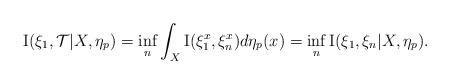
LaTeX: \begin{align*}\mathrm{I}(\xi_{1},\mathcal{T}|X,\eta_{p})=\inf_{n}\int_{X}\mathrm{I}(\xi_{1}^{x},\xi_{n}^{x})d\eta_{p}(x)=\inf_{n}\mathrm{I}(\xi_{1},\xi_{n}|X,\eta_{p}).\end{align*}